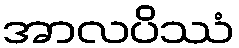
အာလပိဿံ